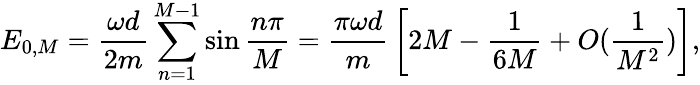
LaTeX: E_{0,M}={\frac{\omega d}{2m}}\sum_{n=1}^{M-1}\sin{\frac{n\pi}{M}}={\frac{\pi\omega d}{m}}\left[{2}M-{\frac{1}{6M}}+O({\frac{1}{M^{2}}})\right],